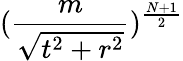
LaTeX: (\frac{m}{\sqrt{t^{2}+r^{2}}})^{\frac{N+1}{2}}